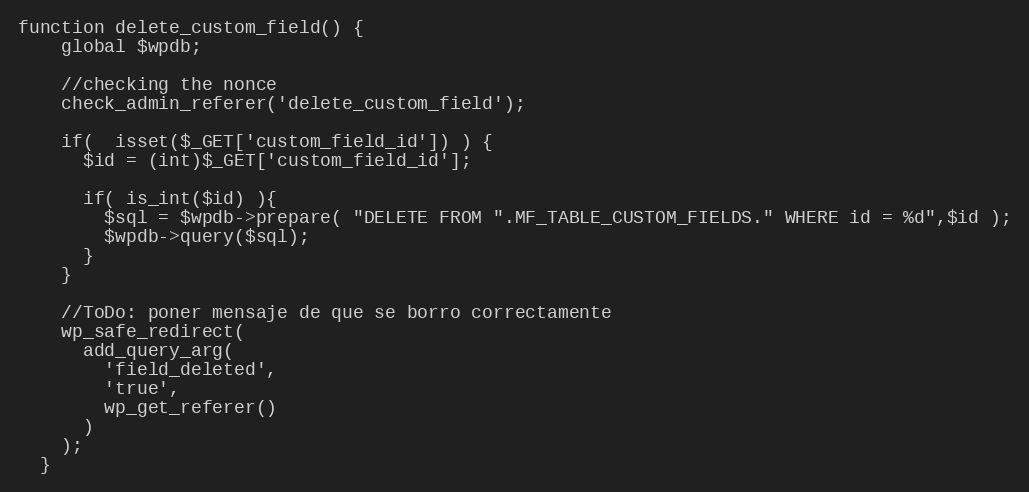
Language: PHP
function delete_custom_field() {
    global $wpdb;

    //checking the nonce
    check_admin_referer('delete_custom_field');

    if(  isset($_GET['custom_field_id']) ) {
      $id = (int)$_GET['custom_field_id'];

      if( is_int($id) ){
        $sql = $wpdb->prepare( "DELETE FROM ".MF_TABLE_CUSTOM_FIELDS." WHERE id = %d",$id );
        $wpdb->query($sql);
      }
    }

    //ToDo: poner mensaje de que se borro correctamente
    wp_safe_redirect(
      add_query_arg(
        'field_deleted',
        'true',
        wp_get_referer()
      )
    );
  }